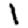
Digit: 1